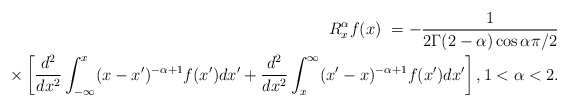
\begin{align*}R_{x}^{\alpha}f(x)\ =-\frac{1}{2\Gamma(2-\alpha)\cos\alpha\pi/2}\\\times\left[ \frac{d^{2}}{dx^{2}}\int_{-\infty}^{x}(x-x^{\prime})^{-\alpha+1}f(x^{\prime})dx^{\prime}+\frac{d^{2}}{dx^{2}}\int_{x}^{\infty}(x^{\prime}-x)^{-\alpha+1}f(x^{\prime})dx^{\prime}\right] ,1<\alpha<2.\end{align*}